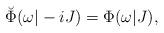
LaTeX: \begin{align*}\breve{\Phi}(\omega|-iJ)=\Phi(\omega|J),\end{align*}